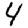
Digit: 4